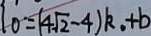
0 = ( 4 \sqrt { 2 } - 4 ) k . + b